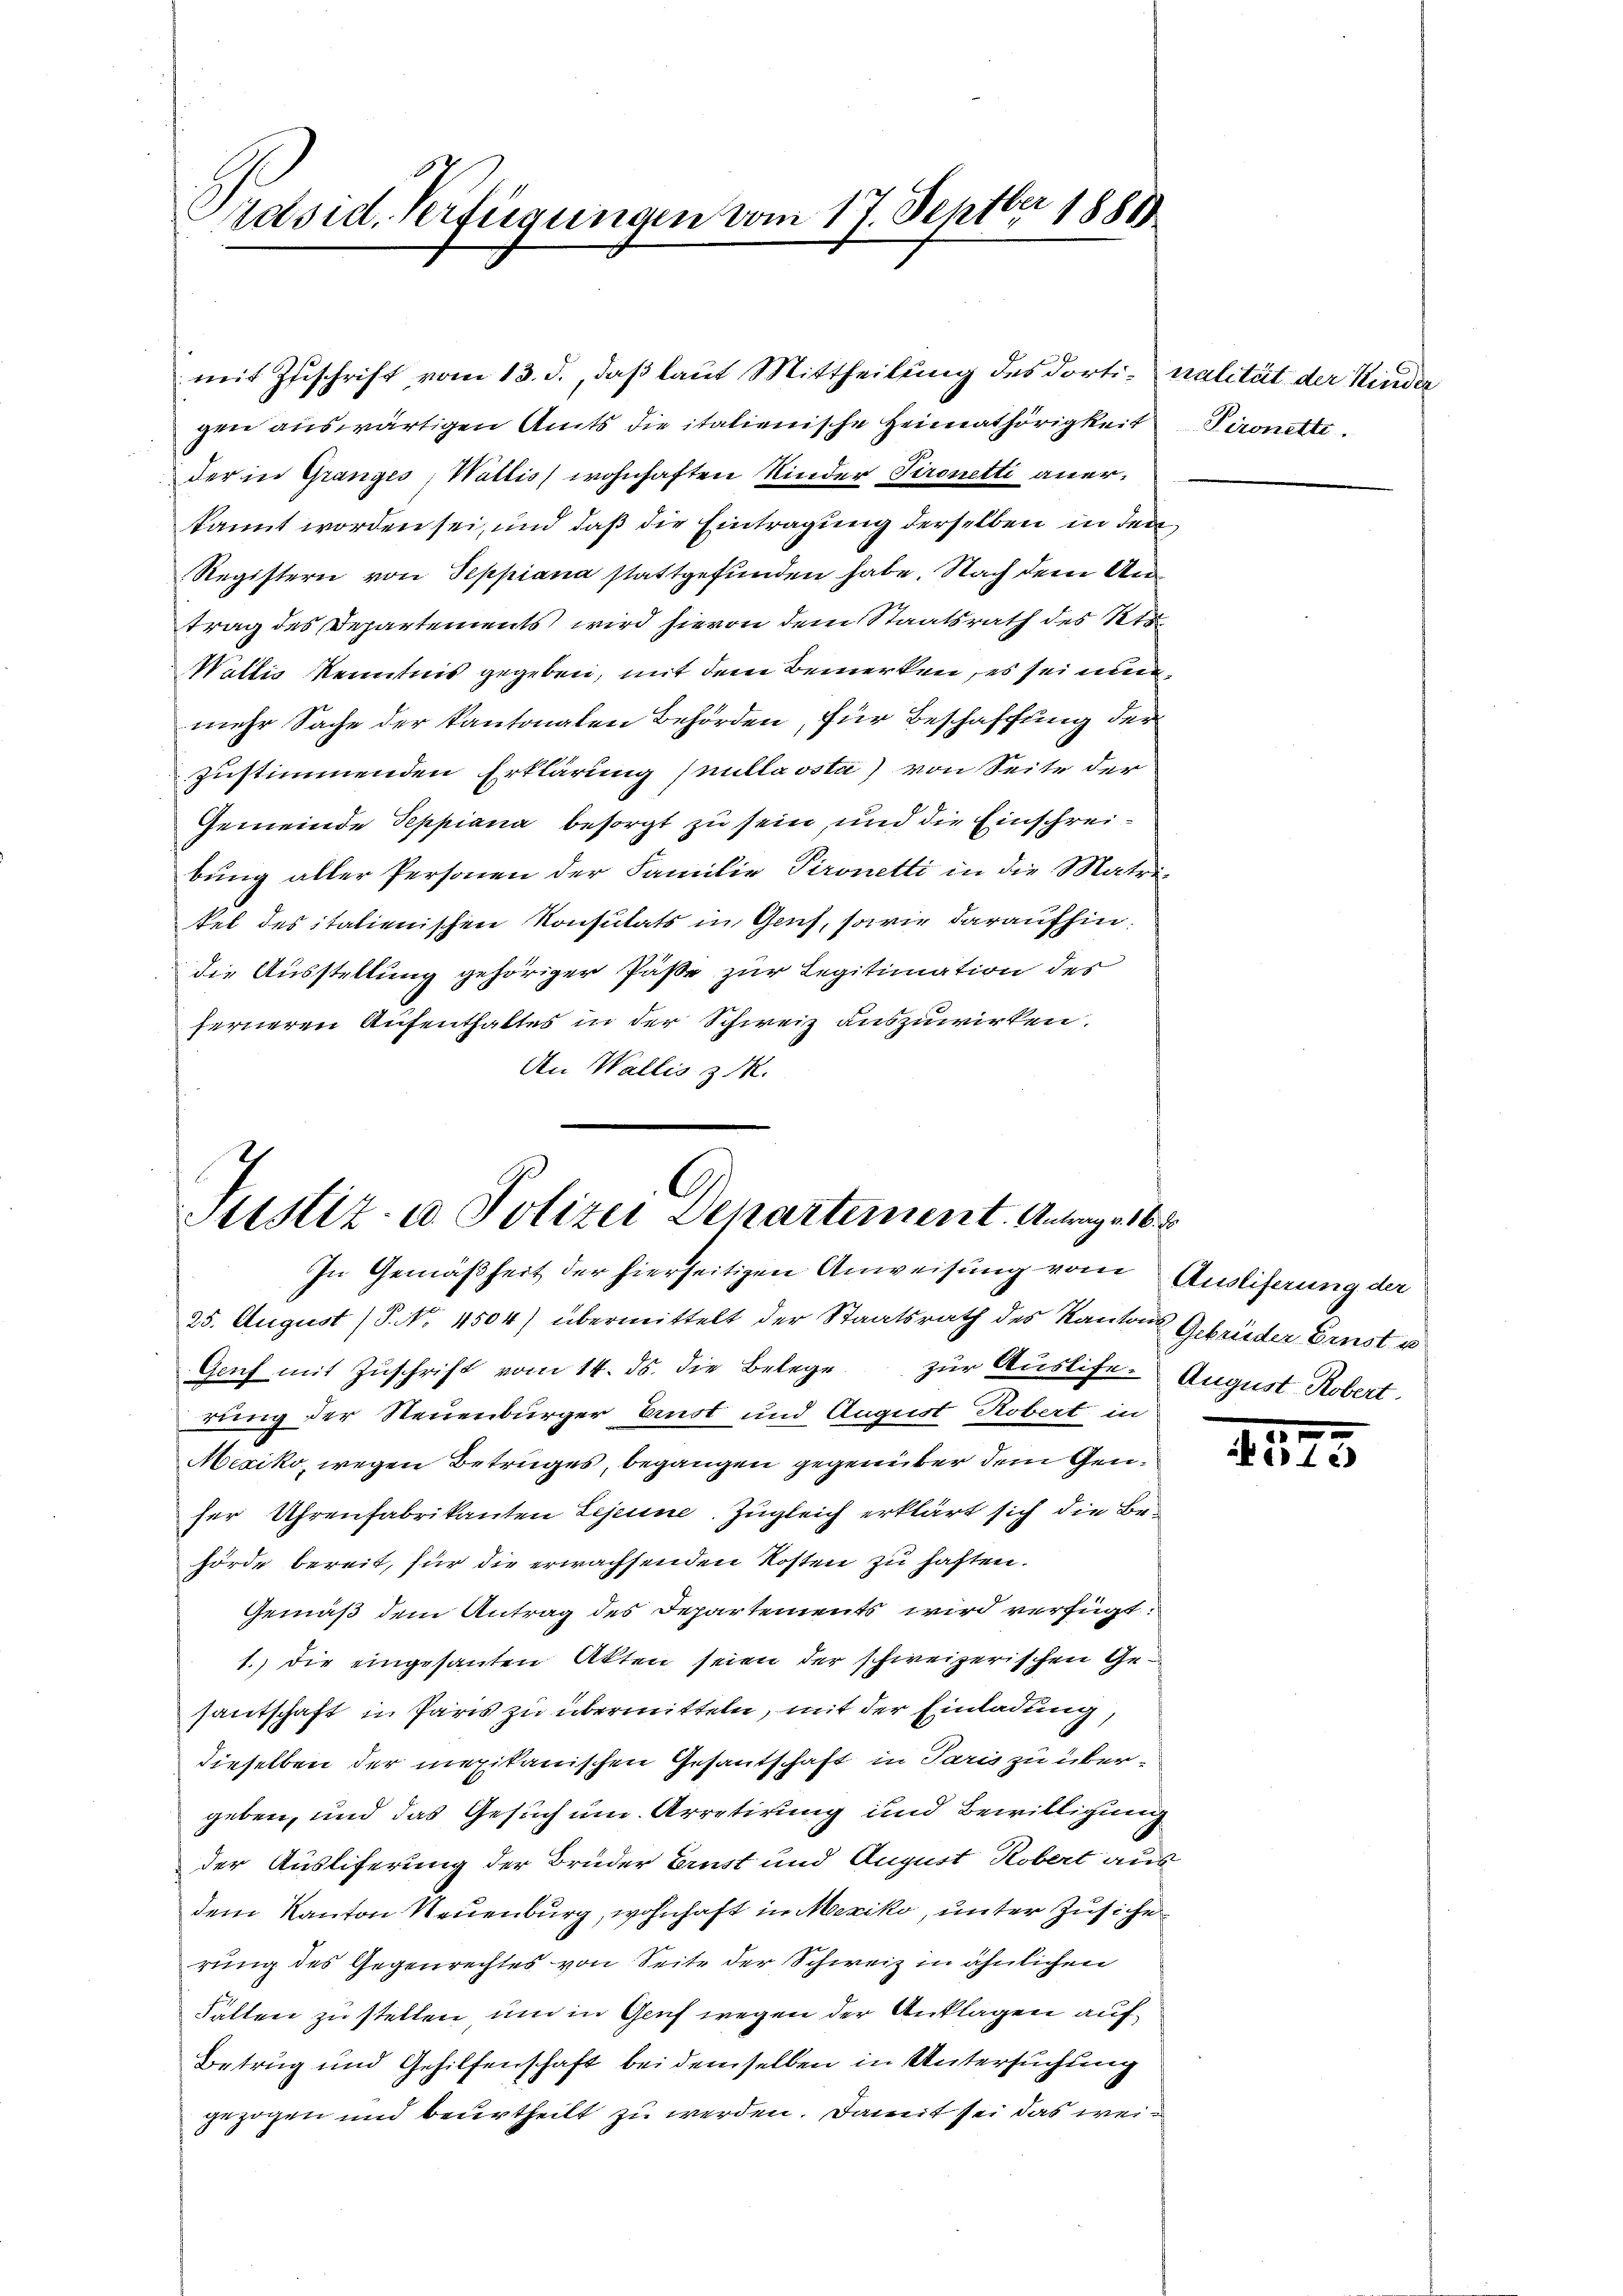
Wer
Präsid. Verfügungen vom 17. Sept. 1881

mit Zuschrift vom 13. d., daß laut Mittheilung des dorti-nalität der Kinder
gen auswärtigen Amts die italienische Heimathörigkeit
der in Gränz(...) Wallis wohnhaften Kinder Tironetti anerkannt worden sei, und daß die Eintragung derselben in den
Registern von Seppiana stattgefunden habe. Nach dem Antrag des Departements wird hievon dem Staatsrath des Kts.
Wallis Kenntnis gegeben, mit dem Bemerken, es sei nunmehr Sache der kantonalen Behörden, für Beschaffung der
zustimmenden Erklärung (millaosta) von Seite der
Gemeinde Teppiana besorgt zu sein, und die Einschreibŭng aller Personen der Familie Pironetti in die Matri
sel des italienischen Konsutats in Genf, sowie daraufhin
die Ausstellung gehöriger Päße zur Legitimation des
ferneren Aufenthaltes in der Schweiz auszuwirken.
An Wallis z. R.

Justiz- u Polizei Departement. Antrage 16 d
In Gemäßheit der hierseitigen Anweisung vom Ausliferung der

25. August (P. Nr. 4504) übermittelt der Staatsrath des Kantons Gebrüder Ernst u
Genf mit Zŭschrift vom 14. ds. die Belege zur Auslife- August Robert.
rung der Neuenburger Ernst und August Robert in
Mexiko, wegen Betruges, begangen gegenüber dem Genser Uhrenfabrikanten Lejeune. Zugleich erklärt sich die Be-
hörde bereit, für die erwachsenden Kosten zu haften.
Gemäß dem Antrag des Departements wird verfügt:
1.) die eingesanten Akten seien der schweizerischen Gesantschaft in Paris zu übermitteln, mit der Einladung
dieselben der mexikanischen Gesantschaft in Paris zu über-
geben, und das Gesuch um Arretirung und Bewilligung
der Ausliferung der Brüder Ernst und August Robert aus
dem Kanton Neuenburg, wohnhaft in Mexiko, unter Zusiche
rung des Gegenrechtes von Seite der Schweiz in ähnlichen
Falten zu stellen um in Genf wegen der Anklagen auf¬
Betrug und Gehilfenschaft bei demselben in Untersuchung
gezogen und beurtheilt zu werden. Damit sei das wei¬

Pironett.

xx
 513